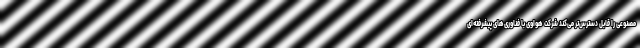
مصنوعی را قابل دسترس‌‌تر می‌کند شرکت هواوی با فناوری‌های پیشرفته‌ای